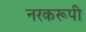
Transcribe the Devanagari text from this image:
नरकरूपी